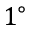
1 ^ { \circ }